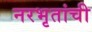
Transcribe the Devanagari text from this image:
नरभृतांची